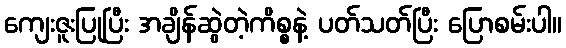
ကျေးဇူးပြုပြီး အချိန်ဆွဲတဲ့ကိစ္စနဲ့ ပတ်သတ်ပြီး ပြောစမ်းပါ။